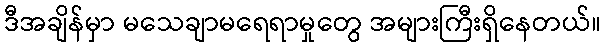
ဒီအချိန်မှာ မသေချာမရေရာမှုတွေ အများကြီးရှိနေတယ်။